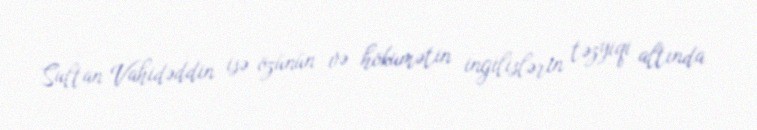
Sultan Vahidəddin isə özünün və hökumətin ingilislərin təzyiqi altında